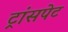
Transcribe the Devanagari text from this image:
ट्रांसपेट